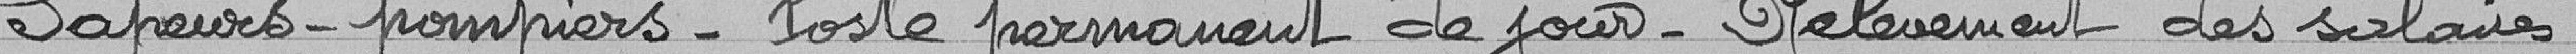
Sapeurs-pompiers - Poste de garde de nuit - Relèvement des salaires